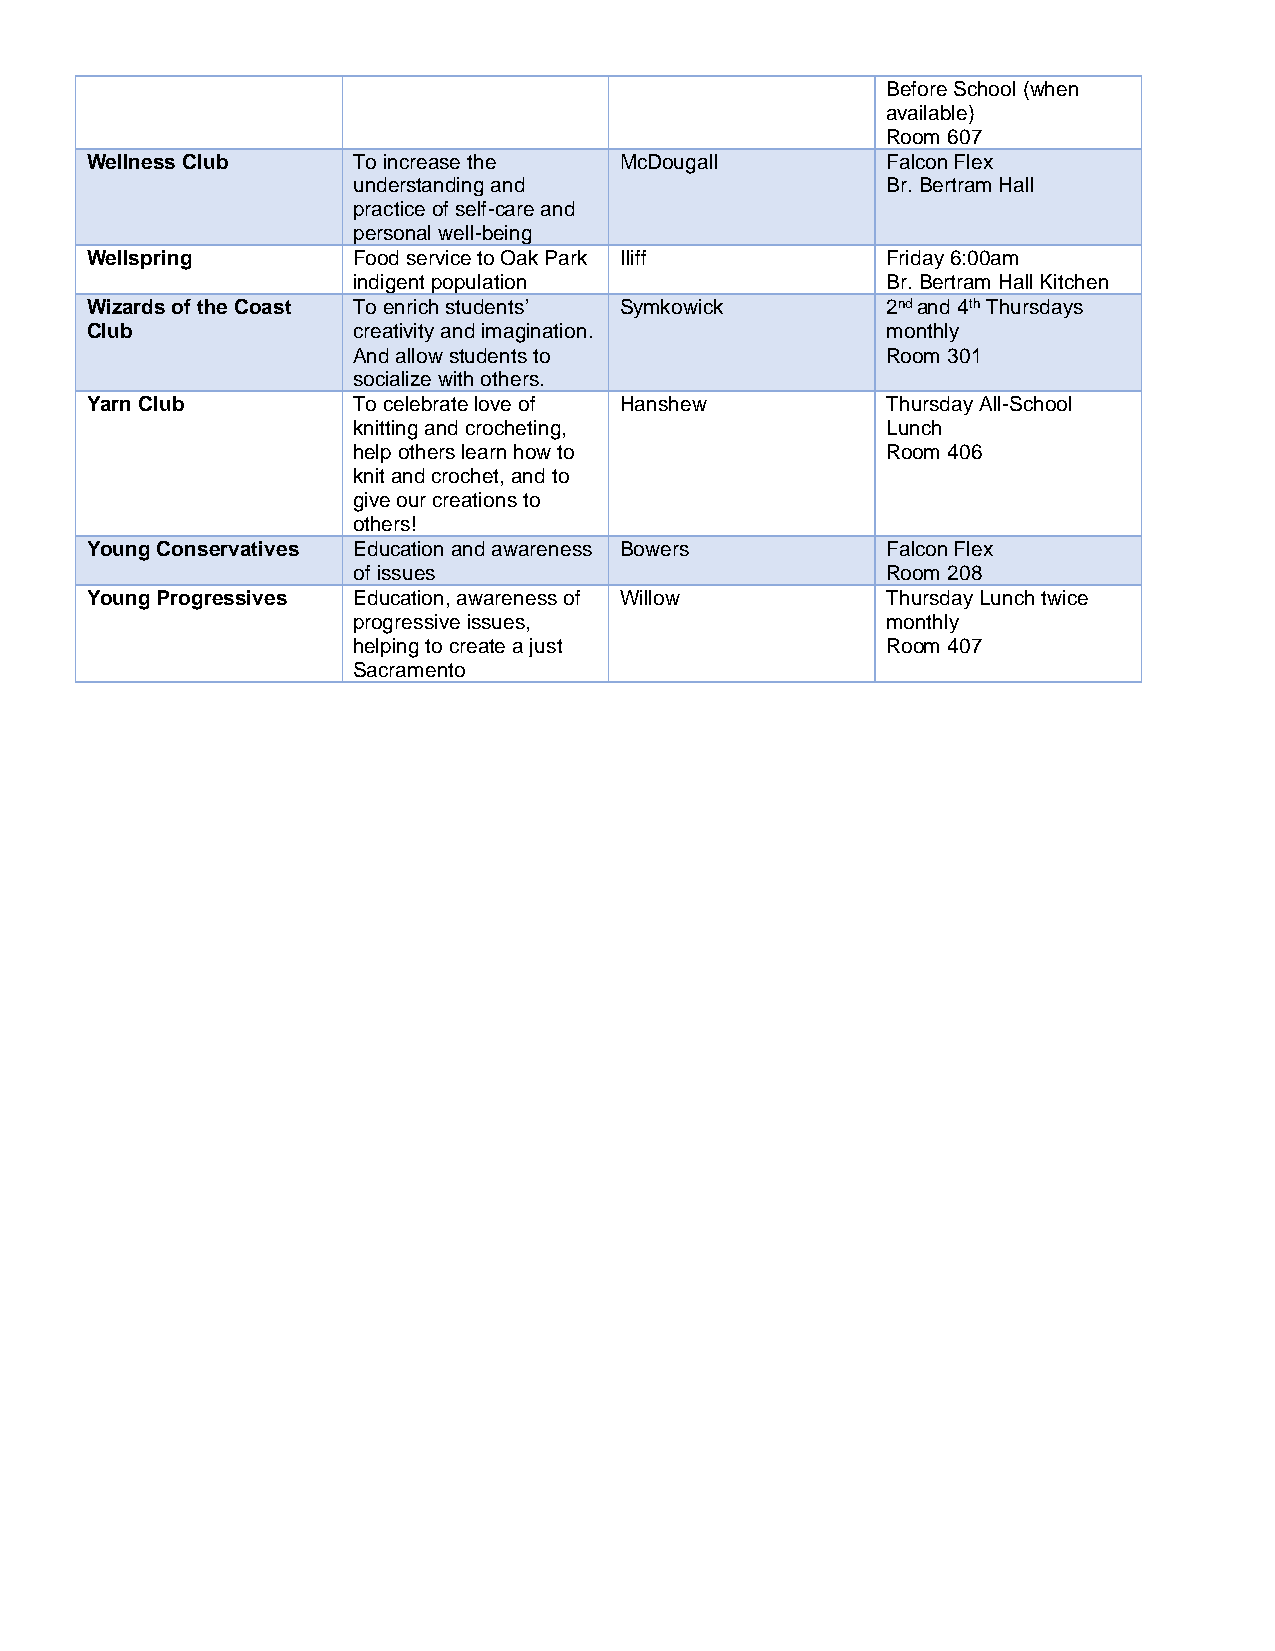
Before School (when
 available)
 Room 607
 Wellness Club    To increase the   McDougall         Falcon Flex
 understanding and                   Br. Bertram Hall
 practice of self-care and
 personal well-being
 Wellspring       Food service to Oak Park Iliff      Friday 6:00am
 indigent population                 Br. Bertram Hall Kitchen
 Wizards of the Coast To enrich students’ Symkowick   2nd and 4th Thursdays
 Club             creativity and imagination.         monthly
 And allow students to               Room 301
 socialize with others.
 Yarn Club        To celebrate love of Hanshew        Thursday All-School
 knitting and crocheting,            Lunch
 help others learn how to            Room 406
 knit and crochet, and to
 give our creations to
 others!
 Young Conservatives Education and awareness Bowers   Falcon Flex
 of issues                           Room 208
 Young Progressives Education, awareness of Willow    Thursday Lunch twice
 progressive issues,                 monthly
 helping to create a just            Room 407
 Sacramento